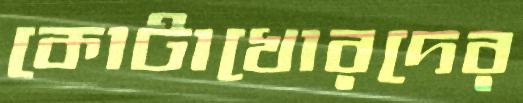
কোটাখোরদের